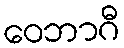
ဝေဘာဂီ